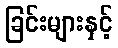
ခြင်းများနှင့်